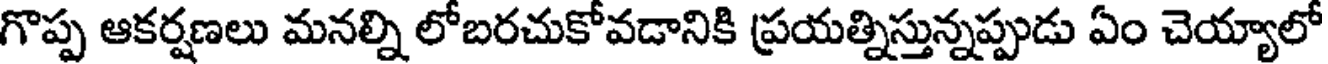
గొప్ప ఆకర్షణలు మనల్ని లోబరచుకోవడానికి ప్రయత్నిస్తున్నప్పుడు ఏం చెయ్యాలో